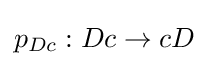
p_{Dc}:Dc\rightarrow cD